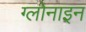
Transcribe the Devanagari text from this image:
ग्लोनाइन